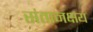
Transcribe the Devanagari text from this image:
संतानक्षय